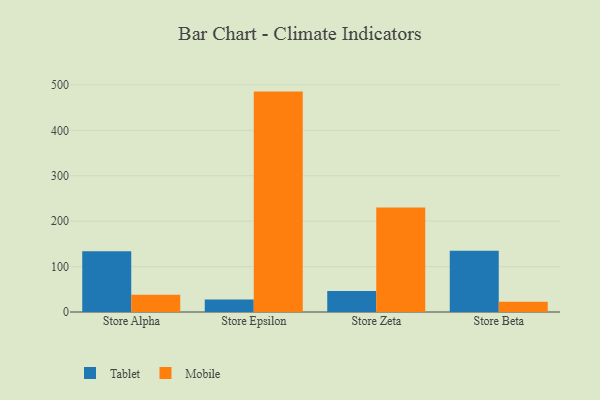
{"axis": {"x": "Store", "y": "Website Visitors"}, "legend": ["Mobile", "Tablet"], "data": [{"x": "Store Alpha", "y": 133.9, "type": "Tablet"}, {"x": "Store Alpha", "y": 38.0, "type": "Mobile"}, {"x": "Store Epsilon", "y": 27.7, "type": "Tablet"}, {"x": "Store Epsilon", "y": 485.2, "type": "Mobile"}, {"x": "Store Zeta", "y": 46.3, "type": "Tablet"}, {"x": "Store Zeta", "y": 230.0, "type": "Mobile"}, {"x": "Store Beta", "y": 135.0, "type": "Tablet"}, {"x": "Store Beta", "y": 22.6, "type": "Mobile"}]}